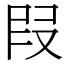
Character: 叚